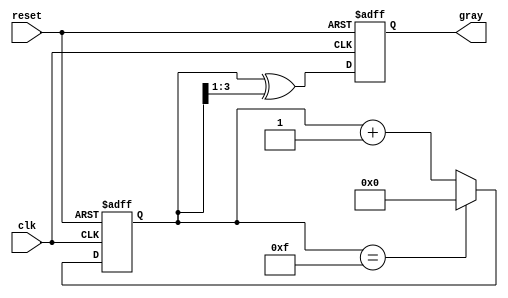
module gray_code_counter #(
    parameter N = 4 // Parameter for the number of bits
)(
    input wire clk,          // Clock signal
    input wire reset,        // Active-high asynchronous reset
    output reg [N-1:0] gray  // Gray code output
);

    reg [N-1:0] binary_count; // Binary counter register

    // Function to convert binary to Gray code
    function [N-1:0] binary_to_gray;
        input [N-1:0] binary;
        begin
            binary_to_gray = binary ^ (binary >> 1);
        end
    endfunction

    // Asynchronous reset and counter logic
    always @(posedge clk or posedge reset) begin
        if (reset) begin
            binary_count <= 0; // Reset binary counter to 0
            gray <= binary_to_gray(0); // Reset Gray code output to 0
        end else begin
            // Increment binary counter and wrap around
            binary_count <= (binary_count == (1 << N) - 1) ? 0 : binary_count + 1;
            gray <= binary_to_gray(binary_count); // Update Gray code output
        end
    end

endmodule